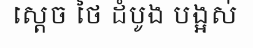
ស្តេច ថៃ ដំបូង បង្អស់